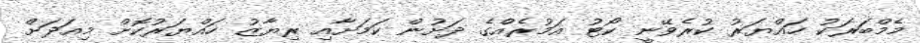
މެމްބަރަކު ހައްޔަރު ކުރެވޭނީ ކޯޓު އަމުރެއްގެ ދަށުން ކަމަށާއި ރިޔާޒު ހައްޔަރުކޮށް މިއަދަށް